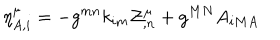
LaTeX: \eta _ { A , i } ^ { \mu } = - { g } ^ { m n } { k } _ { i m } { \cal Z } _ { , n } ^ { \mu } + g ^ { M N } { A } _ { i M A }